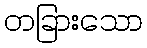
တခြားသော